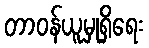
တာဝန်ယူမှုရှိရေး